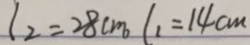
l _ { 2 } = 2 8 c m l _ { 1 } = 1 4 c m